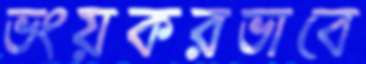
ভংয়করভাবে